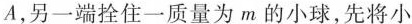
A，另一端拴住一质量为m的小球，先将小